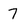
Character: 7